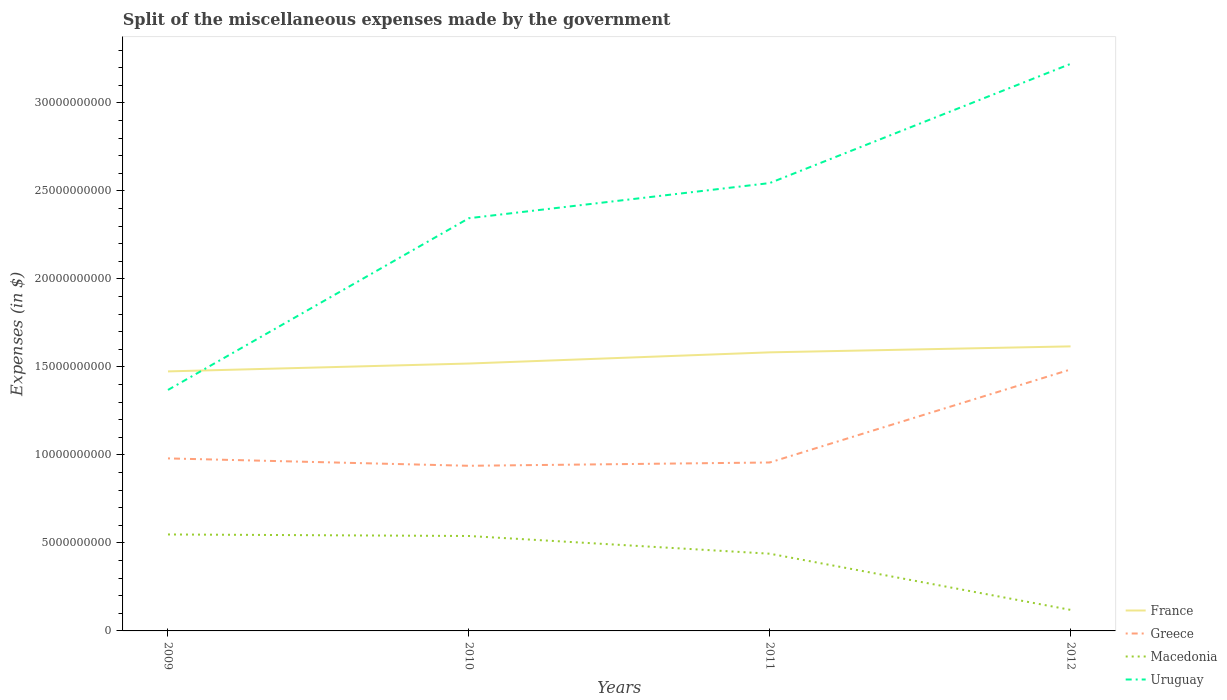
| Years | France | Greece | Macedonia | Uruguay |
 | --- | --- | --- | --- | --- |
 | 2009 | 1.47e+10 | 9.8e+09 | 5.48e+09 | 1.37e+10 |
 | 2010 | 1.52e+10 | 9.38e+09 | 5.39e+09 | 2.34e+10 |
 | 2011 | 1.58e+10 | 9.57e+09 | 4.39e+09 | 2.54e+10 |
 | 2012 | 1.62e+10 | 1.49e+10 | 1.2e+09 | 3.22e+10 |